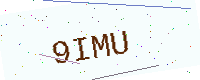
Text: 9IMU